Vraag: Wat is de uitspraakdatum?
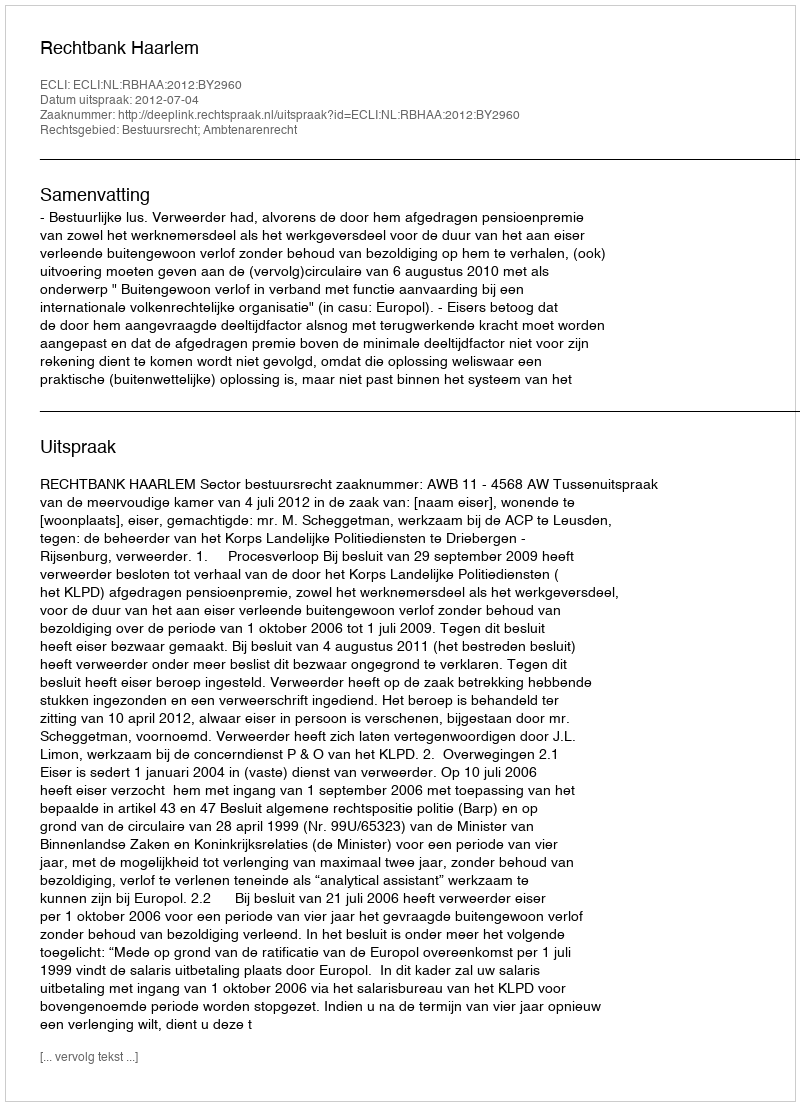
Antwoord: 2012-07-04